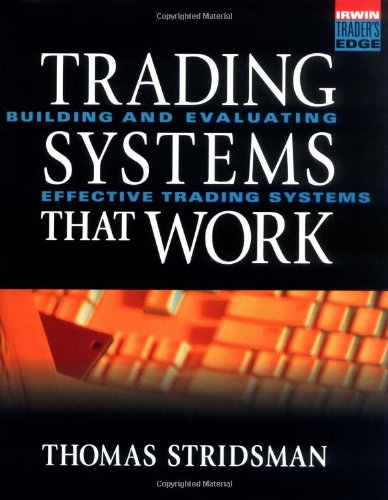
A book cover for Trading Systems That Work: Building and Evaluating Effective Trading Systems; Thomas Stridsman; Business & Money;